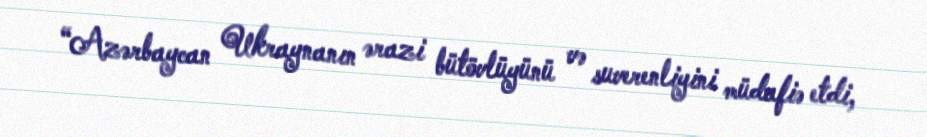
“Azərbaycan Ukraynanın ərazi bütövlüyünü və suverenliyini müdafiə etdi,